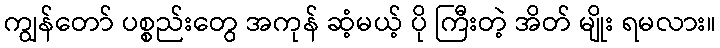
ကျွန်တော် ပစ္စည်းတွေ အကုန် ဆံ့မယ့် ပို ကြီးတဲ့ အိတ် မျိုး ရမလား။